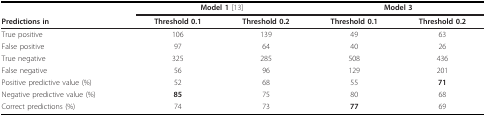
<table><thead><tr><td></td><td colspan="2"><b>Model 1 [13]</b></td><td colspan="2"><b>Model 3</b></td></tr><tr><td><b>Predictions in</b></td><td><b>Threshold 0.1</b></td><td><b>Threshold 0.2</b></td><td><b>Threshold 0.1</b></td><td><b>Threshold 0.2</b></td></tr></thead><tbody><tr><td>True positive</td><td>106</td><td>139</td><td>49</td><td>63</td></tr><tr><td>False positive</td><td>97</td><td>64</td><td>40</td><td>26</td></tr><tr><td>True negative</td><td>325</td><td>285</td><td>508</td><td>436</td></tr><tr><td>False negative</td><td>56</td><td>96</td><td>129</td><td>201</td></tr><tr><td>Positive predictive value (%)</td><td>52</td><td>68</td><td>55</td><td><b>71</b></td></tr><tr><td>Negative predictive value (%)</td><td><b>85</b></td><td>75</td><td>80</td><td>68</td></tr><tr><td>Correct predictions (%)</td><td>74</td><td>73</td><td><b>77</b></td><td>69</td></tr></tbody></table>